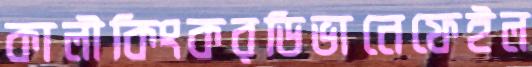
কালীকিংকরডিভানেফেইল